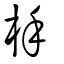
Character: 杽